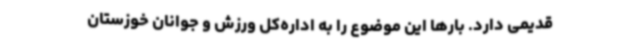
قدیمی دارد. بارها این موضوع را به اداره‌کل ورزش و جوانان خوزستان